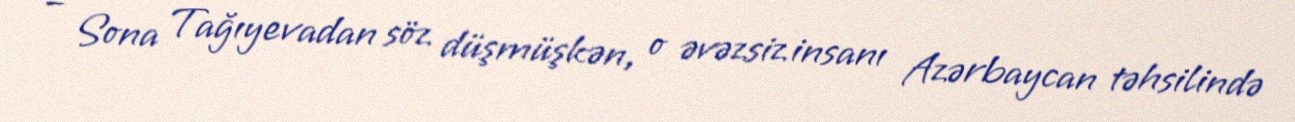
– Sona Tağıyevadan söz düşmüşkən, o əvəzsiz insanı Azərbaycan təhsilində